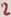
Text: 2